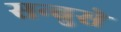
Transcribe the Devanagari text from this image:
सन्बुसे